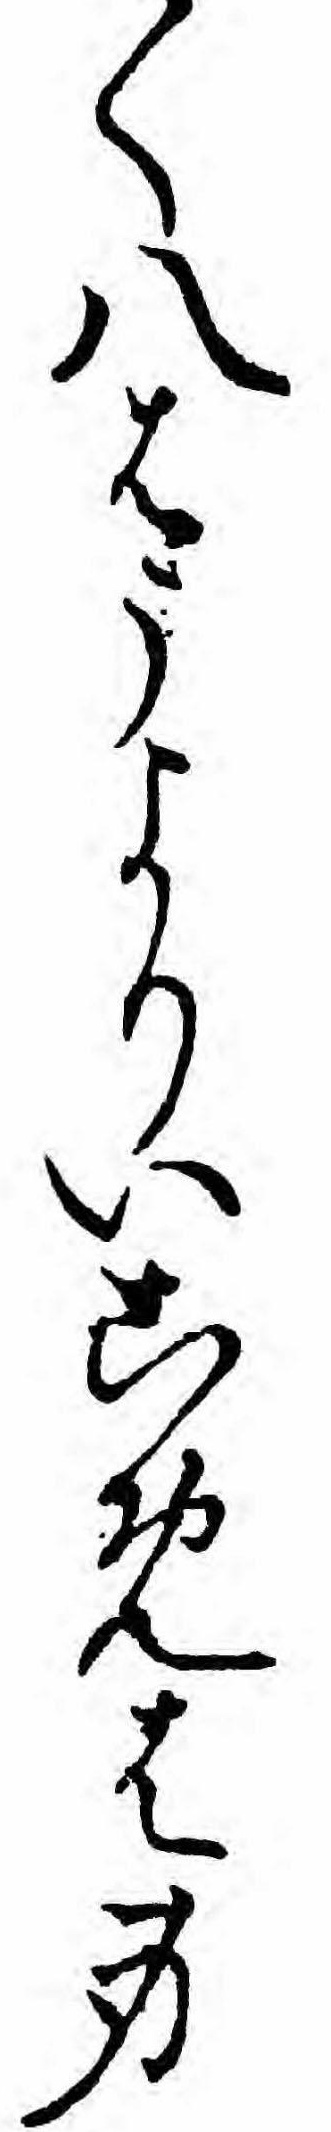
く八はうよりいこめは身